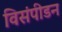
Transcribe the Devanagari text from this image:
विसंपीडन